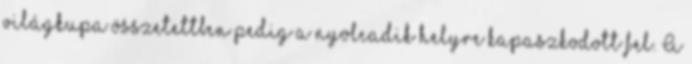
világkupa összetettben pedig a nyolcadik helyre kapaszkodott fel. A